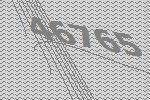
46765